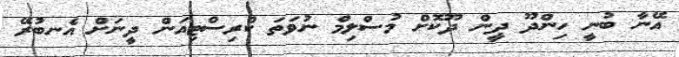
އޭނާ ބުނީ ހިންދޫ ދީން ދޫކޮށް މުސްލިމް ނުވަތަ ކްރިސްޓިއަން ދީނަށް އެނބުރޭ